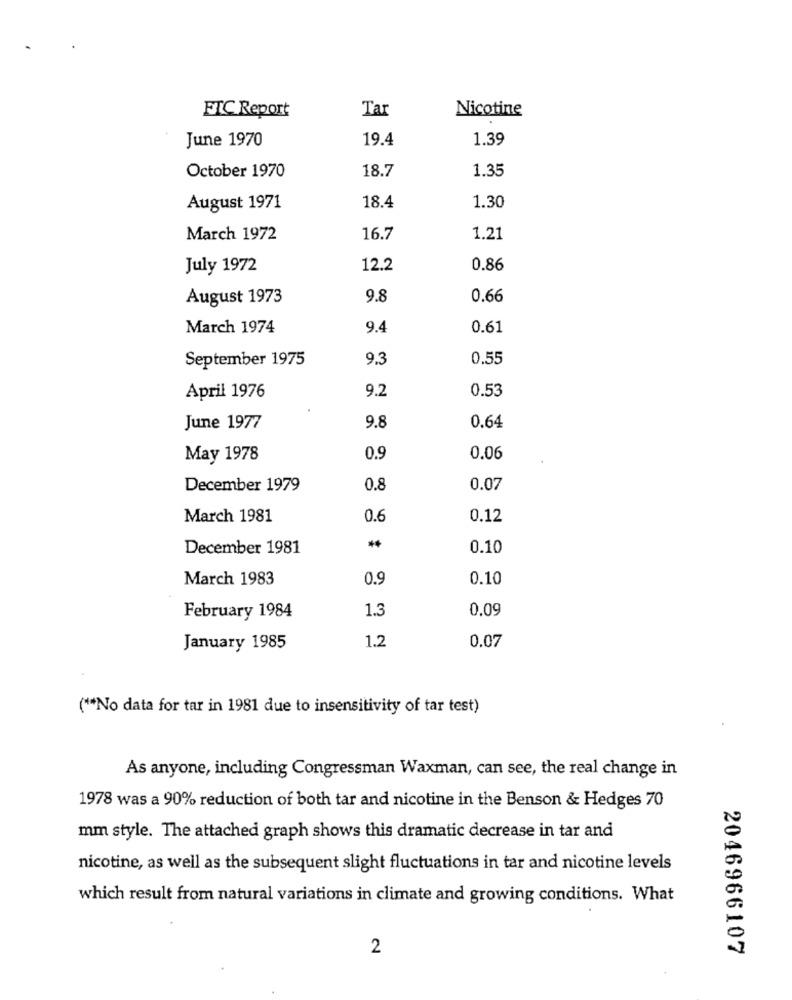
Tar
Nicotine
FIC Report
June 1970
19.4
1.39
October 1970
18.7
1.35
August 1971
18.4
1.30
March 1972
16.7
1.21
July 1972
12.2
0.86
August 1973
9.8
0.66
March 1974
9.4
0.61
September 1975
9.3
0.55
9.2
0.53
April 1976
June 1977
9.8
0.64
May 1978
0.9
0.06
December 1979
0.8
0.07
March 1981
0.6
0.12
December 1981
0.10
March 1983
0.9
0.10
1.3
0.09
February 1984
January 1985
1.2
0.07
( ** No data for tar in 1981 due to insensitivity of tar test)
As anyone, including Congressman Waxman, can see, the real change in
1978 was a 90% reduction of both tar and nicotine in the Benson & Hedges 70
mm style. The attached graph shows this dramatic decrease in tar and
nicotine, as well as the subsequent slight fluctuations in tar and nicotine levels
which result from natural variations in climate and growing conditions. What
2
2046966107